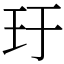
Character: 玗